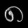
Digit: ၈